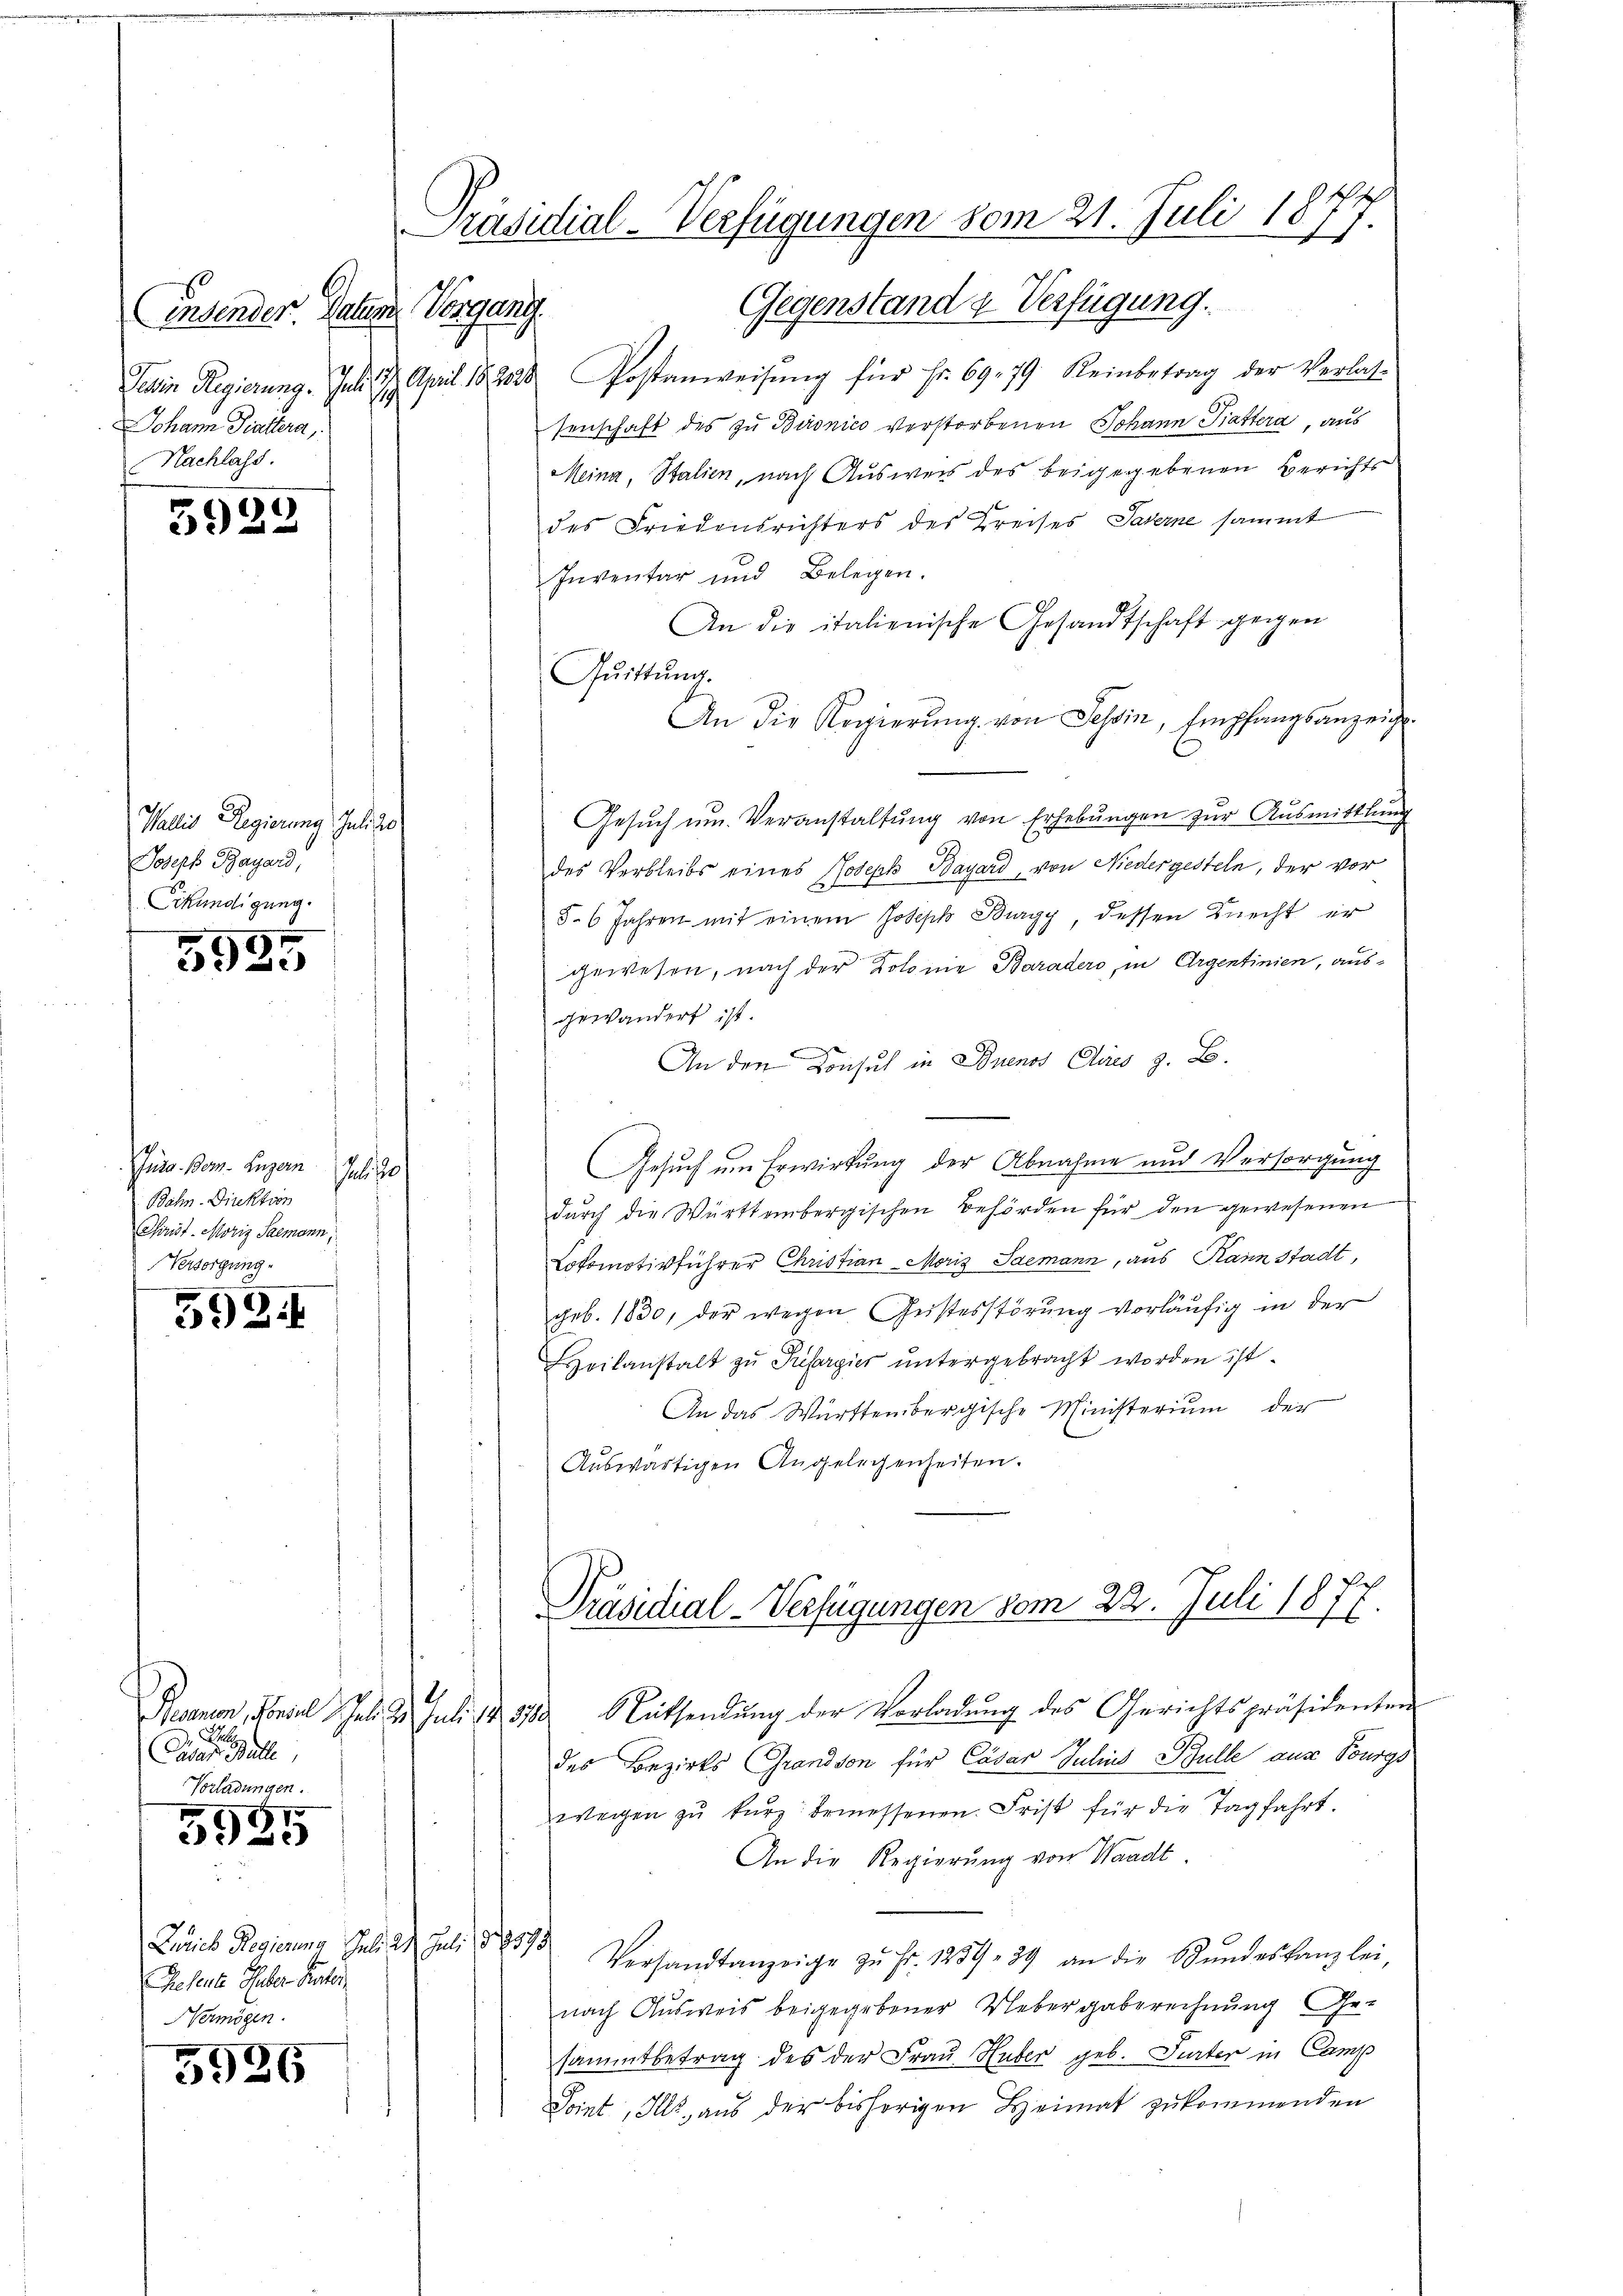
Ensender. Datum Vorgang
Sein Regierung. Jul. 97. April 18238.
Johann Pittera,
Nachlass.

5929

Jelis Regierung Gelie
Joseph Bayard,
Erkundigung.

5925

Juss. Bon. Luzern Juli 30
Bahn-Direktion
Christ. Moriz Saemann,
Versorgung

592.

22.
Dieses alle
Vorladungen.

5925

5926

Releute Geber Rector
Nermögen.

Gegenstand & Verfügung.
Postanweisŭng für Fr. 69. 79. Reinbetrag der Verlas-
senschaft des zu Baronico verstorbenen Johann Gattera, aus
Meina, Stalien, nach Ausweis des beigegebenen Berichts
des Friedensrichters des Kreises Saverne sammt
Inventar und Belegen.
An die italienische Gesandtschaft gegen
Quittung.
An die Regierŭng von Tessin, Empfangsanzeigt.
Gesŭch ŭm Veranstaltung von Erhebungen zur Ausmittlung
des Verbleibs eines Joseph Bayard, von Niedergesteln, der vor
§. 6 Jahren mit einem Joseph Burgy, dessen Knecht er
gewesen, nach der Kolonie Baradero, in Ergentinien, ausgewändert ist.
In den Konsul in Buenos Clies z. B.
Gesuch um Erwirkung der Abnahme und Versorgung
dŭrch die Württembergischen Behörden für den gewesenen
Lokomotivführer Christian Moriz Saemann, aus Kann Stadt,
geb. 1830, der wegen Geistesstörung vorläufig in der
Heilanstalt zu Presbergier untergebracht worden ist.
An das Württembergische Ministerium der
Auswärtigen Angelegenheiten.
Präsidial-Verfügungen vom 22. Juli 1877.
G
Rennen, Forel, Jul. 2. Juli 1530 Nüssendung der Vorladung des Gerichtspräsidenten
des Bezirks Grandson für Cäsar Julius Bülle aus Bourgs
wegen zŭ kŭrz: bemessenen Frist für die Tagfahrt.
An die Regierung von Waadt.
Lois Regierung Juli d. Juli 1857 Versandtanzeige zŭ fr. 1259. 39 an die Stŭndeskanzlei-
nach Ausweis beigegebener Uebergaberechnung Ge-
sammtbetrag des der Frau Huber geb. Turter in Camp
Point, Illi, aus der bisherigen Heimat zukommenden

Präsidial-Verfügungen vom 21. Juli 1877.